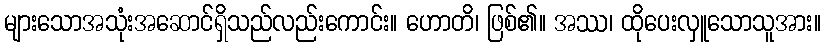
များသောအသုံးအဆောင်ရှိသည်လည်းကောင်း။ ဟောတိ၊ ဖြစ်၏။ အဿ၊ ထိုပေးလှူသောသူအား။